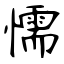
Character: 懦